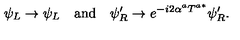
\psi _ { L } \to \psi _ { L } \quad \mathrm { a n d } \quad \psi _ { R } ^ { \prime } \to e ^ { - i 2 \alpha ^ { a } T ^ { a * } } \psi _ { R } ^ { \prime } .